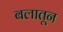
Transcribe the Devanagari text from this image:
बलातून